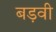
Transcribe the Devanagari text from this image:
बड़वी